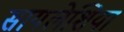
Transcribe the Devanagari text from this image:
सायलेशिया